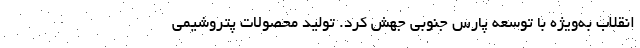
انقلاب به‌ویژه با توسعه پارس جنوبی جهش کرد. تولید محصولات پتروشیمی